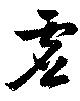
虚